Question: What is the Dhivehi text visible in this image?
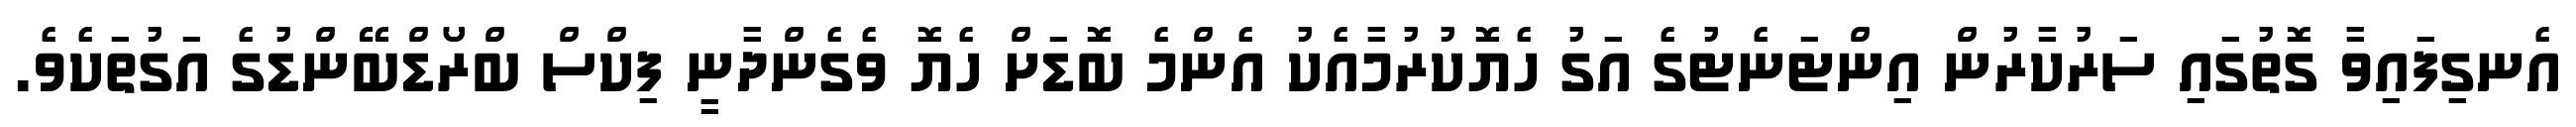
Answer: އެނގިފައިވާ ގޮތުގައި ސަރުކާރުން އިންޓަނެޓުގެ އަގު ހެޔޮކުރުމާއެކު އެންމެ ބޮޑަށް ހެޔޮ ވެގެންދާނީ ފިކްސް ބްރޯޑްބޭންޑުގެ އަގުތަކެވެ.